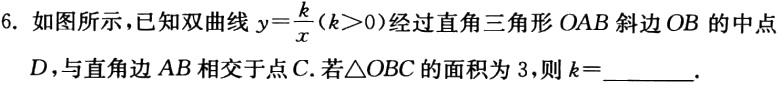
6. 如图所示，已知双曲线\(y = \frac{k}{x}(k>0)\)经过直角三角形\(OAB\)斜边\(OB\)的中点\(D\)，与直角边\(AB\)相交于点\(C\)。若\(\triangle OBC\)的面积为\(3\)，则\(k =\)______.